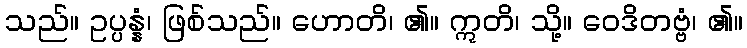
သည်။ ဥပ္ပန္နံ၊ ဖြစ်သည်။ ဟောတိ၊ ၏။ ဣတိ၊ သို့။ ဝေဒိတဗ္ဗံ၊ ၏။